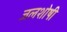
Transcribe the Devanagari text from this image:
जलशोषी